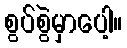
စွပ်စွဲမှာပေါ့။